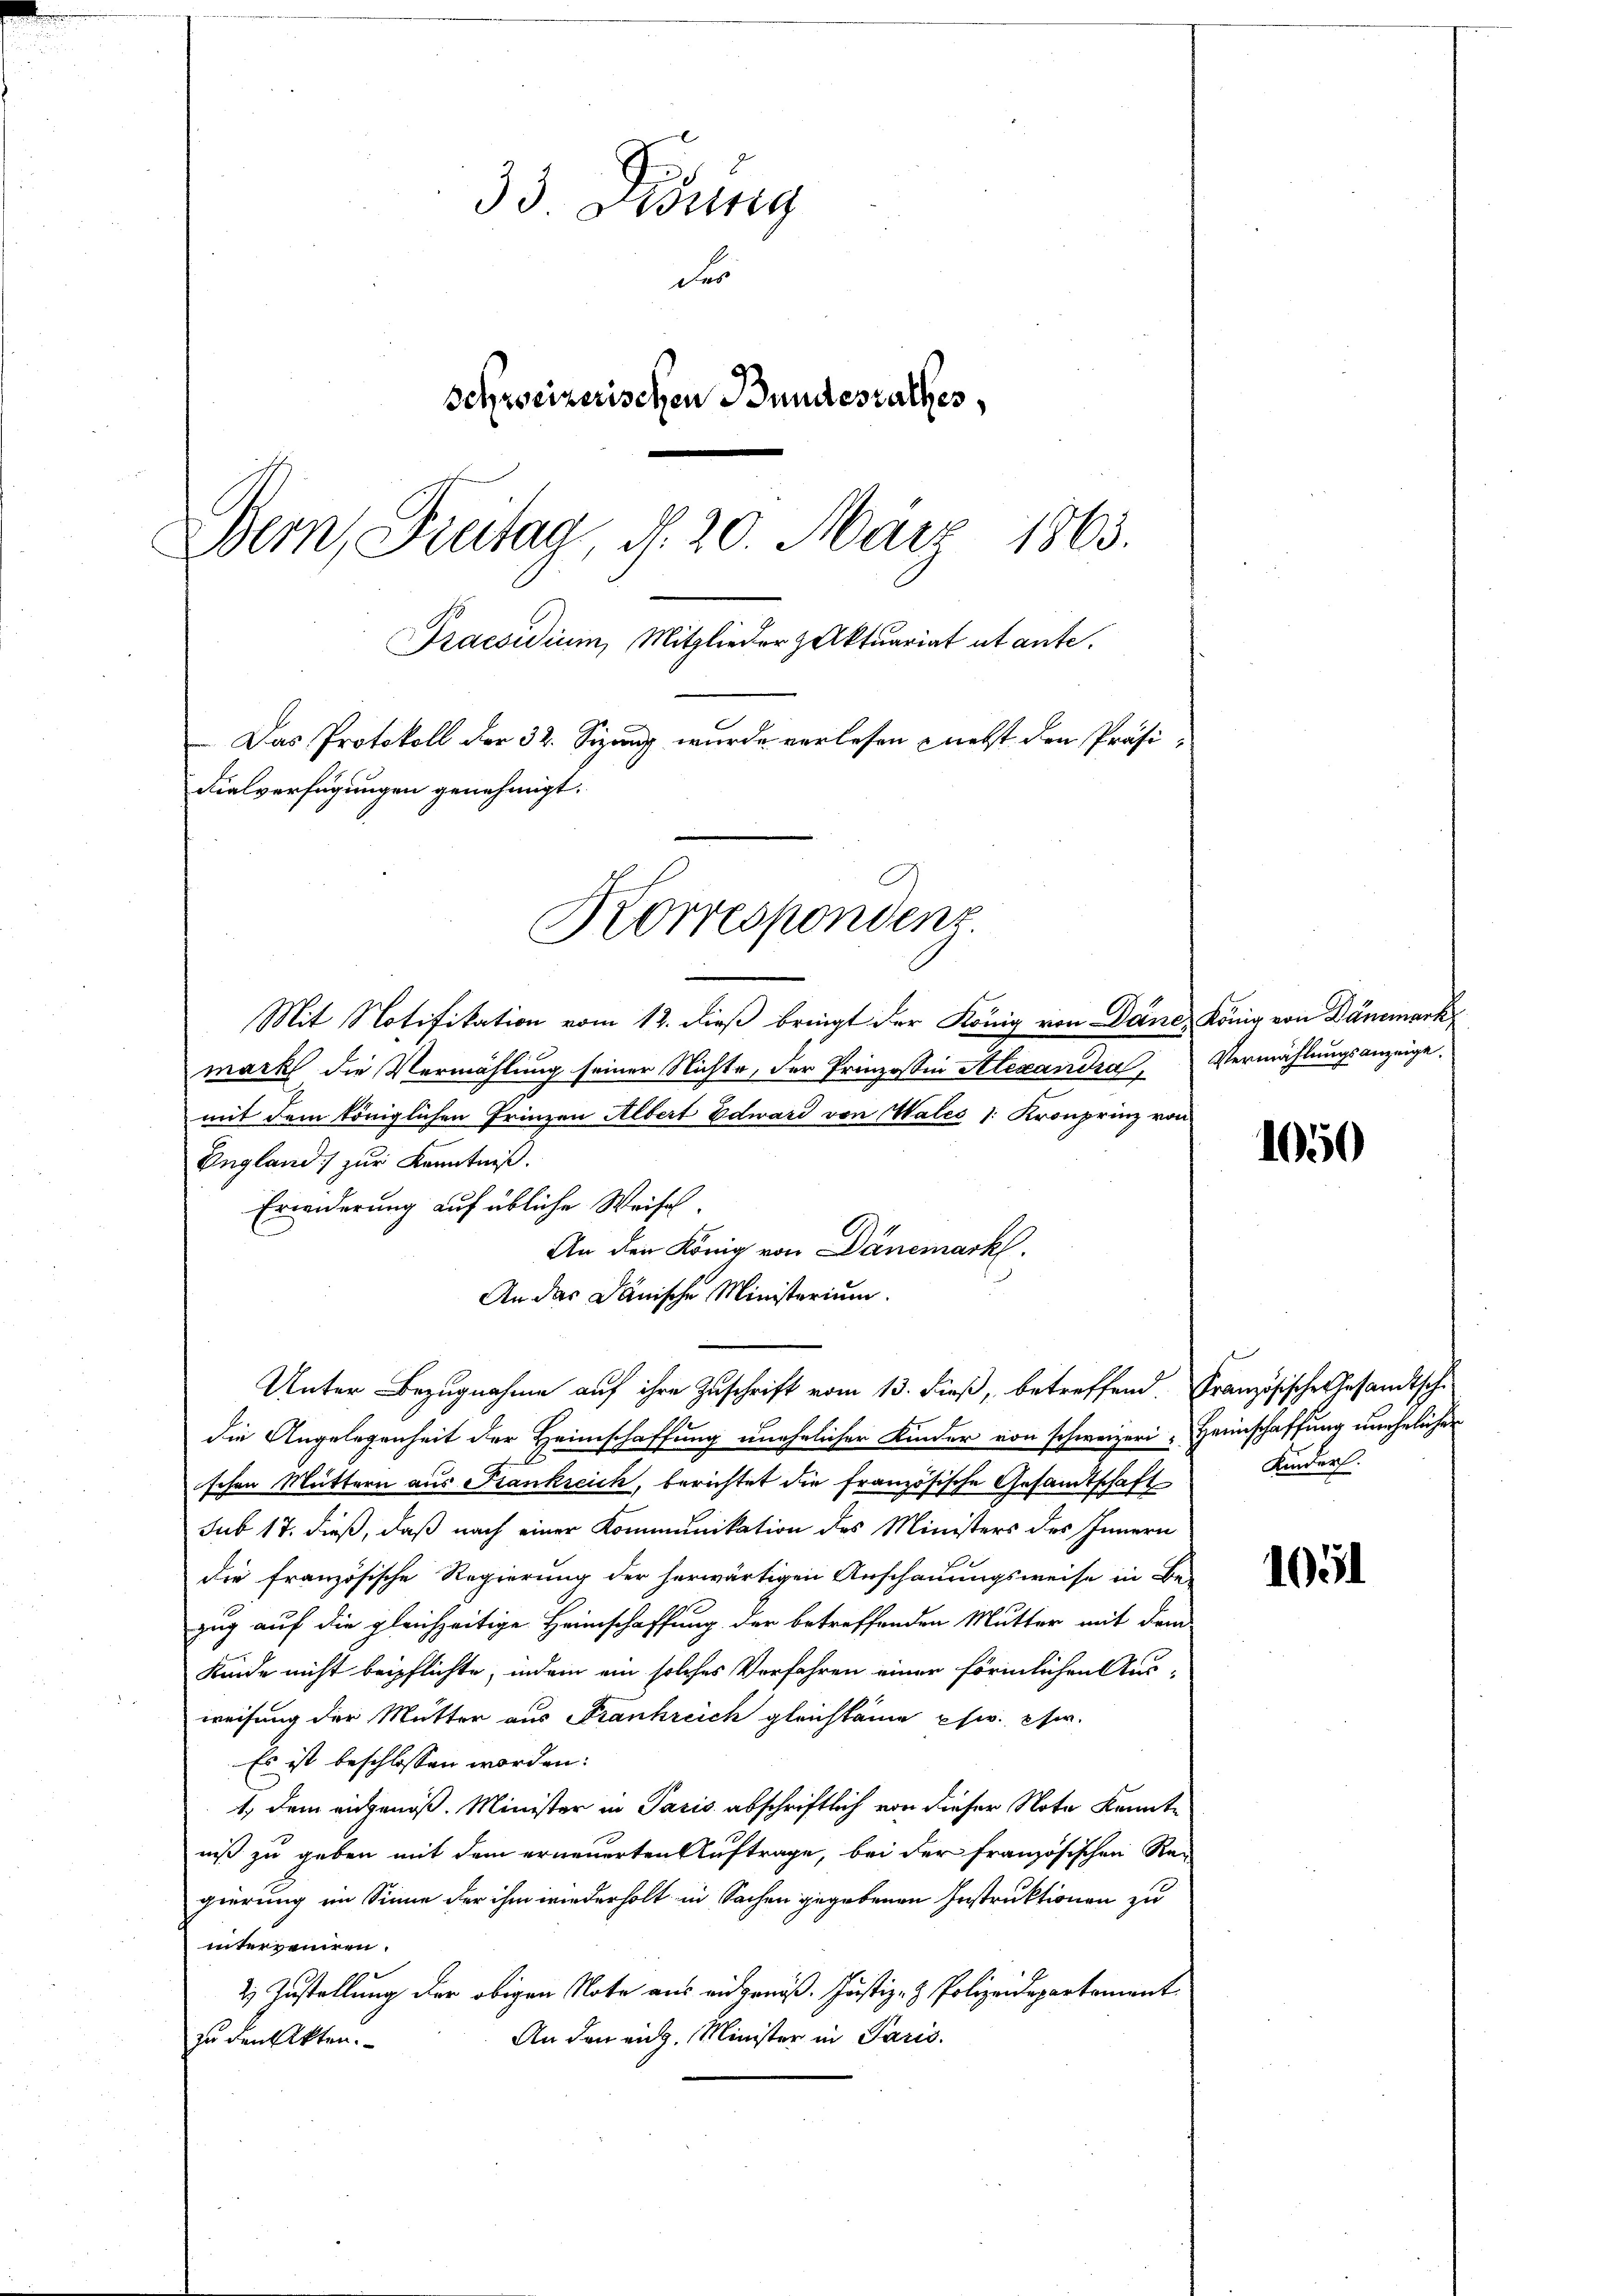
33. Dibung
des
schweizerischen Bundesrathes,
Bern, Brutag, d. 20. März 1863.
Praesidium, Mitglieder Aktuariat et ante.
Das Protokoll der 32. Sizung wurde verlesen nebst den Präsi-
dialverfügungen genehmigt.
Korrespondenz

Mit Notifikation vom 12. dieß bringt der König von Dane, König von Dämmerk
markt die Vermählung seiner Nichte, der Prinzessin Alexandra, Vermählungsanzeige.
mit dem königlichen Frinzen Albert Edward von Wales /: Kronprinz von
England zur Kenntniß.
Erwiderung auf übliche Weise.
An den König von Dänemark.
An das Dänische Ministerium.
die Angelegenheit der Heimschaffung unehelicher Kinder von schweizeri-Heimschaffung unehelicher
schen Muttern aus Frankreich, berichtet die französische Gesandtschaft Kinder.
sub 17. dieß, daß nach einer Kommunikation des Ministers des Innern
die französische Regierung der herwärtigen Anschauungsweise in Be-
zug auf die gleichzeitige Heimschaffung der betreffenden Mutter mit dem
Kinde nicht beipflichte, indem ein solches Verfahren einer förmlichen Aus-
weisung der Mutter aus Frankreich gleichkäme psw. usw.
Es ist beschlossen worden:
1., dem eidgenöß. Minister in Paris abschriftlich von dieser Note kannte
niß zu geben mit dem erneuerten Auftrage, bei der französischen Re-
gierung im Sinne der ihm wiederholt in Sachen gegebenen Instruktionen zu
interveniren.
2 Zustellung der obigen Note aus eidgenöß. Justiz- & Polizeidepartement
An den eidg. Minister in Paris.
uden Akten.

Unter Bezugnahme auf ihre Zuschrift vom 13. dieß, betreffend. Französische Gesandtsche

1050

1051